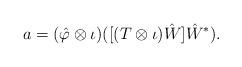
LaTeX: \begin{align*}a = (\hat \varphi \otimes \iota)([(T \otimes \iota)\hat W]\hat W^*).\end{align*}